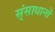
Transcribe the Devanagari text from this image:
स्ंसाधानों